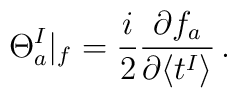
\Theta_a^I|_{f}=\frac{i}{2}\frac{\partial f_a}{\partial\langle t^I\rangle}\, .